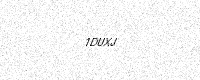
Text: 1DUXJ